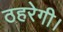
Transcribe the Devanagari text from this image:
ठहरेगी।